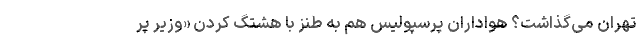
تهران می‌گذاشت؟ هواداران پرسپولیس هم به طنز با هشتگ کردن «وزیر پر